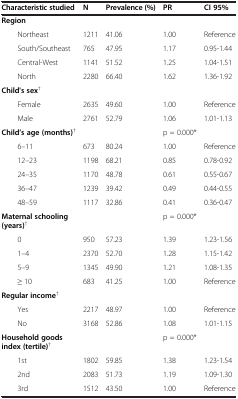
<table><thead><tr><td><b>Characteristic studied</b></td><td><b>N</b></td><td><b>Prevalence (%)</b></td><td><b>PR</b></td><td><b>CI 95%</b></td></tr></thead><tbody><tr><td colspan="5"><b>Region</b></td></tr><tr><td>Northeast</td><td>1211</td><td>41.06</td><td>1.00</td><td>Reference</td></tr><tr><td>South/Southeast</td><td>765</td><td>47.95</td><td>1.17</td><td>0.95-1.44</td></tr><tr><td>Central-West</td><td>1141</td><td>51.52</td><td>1.25</td><td>1.04-1.51</td></tr><tr><td>North</td><td>2280</td><td>66.40</td><td>1.62</td><td>1.36-1.92</td></tr><tr><td colspan="5"><b>Child&#x27;s sex</b><sup>†</sup></td></tr><tr><td>Female</td><td>2635</td><td>49.60</td><td>1.00</td><td>Reference</td></tr><tr><td>Male</td><td>2761</td><td>52.79</td><td>1.06</td><td>1.01-1.13</td></tr><tr><td><b>Child’s age (months)</b><sup>†</sup></td><td> </td><td> </td><td>p = 0.000*</td><td> </td></tr><tr><td>6–11</td><td>673</td><td>80.24</td><td>1.00</td><td>Reference</td></tr><tr><td>12–23</td><td>1198</td><td>68.21</td><td>0.85</td><td>0.78-0.92</td></tr><tr><td>24–35</td><td>1170</td><td>48.78</td><td>0.61</td><td>0.55-0.67</td></tr><tr><td>36–47</td><td>1239</td><td>39.42</td><td>0.49</td><td>0.44-0.55</td></tr><tr><td>48–59</td><td>1117</td><td>32.86</td><td>0.41</td><td>0.36-0.47</td></tr><tr><td><b>Maternal schooling (years)</b><sup>†</sup></td><td> </td><td> </td><td>p = 0.000*</td><td> </td></tr><tr><td>0</td><td>950</td><td>57.23</td><td>1.39</td><td>1.23-1.56</td></tr><tr><td>1–4</td><td>2370</td><td>52.70</td><td>1.28</td><td>1.15-1.42</td></tr><tr><td>5–9</td><td>1345</td><td>49.90</td><td>1.21</td><td>1.08-1.35</td></tr><tr><td>≥ 10</td><td>683</td><td>41.25</td><td>1.00</td><td>Reference</td></tr><tr><td colspan="5"><b>Regular income</b><sup>†</sup></td></tr><tr><td>Yes</td><td>2217</td><td>48.97</td><td>1.00</td><td>Reference</td></tr><tr><td>No</td><td>3168</td><td>52.86</td><td>1.08</td><td>1.01-1.15</td></tr><tr><td><b>Household goods index (tertile)</b><sup>†</sup></td><td> </td><td> </td><td>p = 0.000*</td><td> </td></tr><tr><td>1st</td><td>1802</td><td>59.85</td><td>1.38</td><td>1.23-1.54</td></tr><tr><td>2nd</td><td>2083</td><td>51.73</td><td>1.19</td><td>1.09-1.30</td></tr><tr><td>3rd</td><td>1512</td><td>43.50</td><td>1.00</td><td>Reference</td></tr></tbody></table>